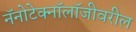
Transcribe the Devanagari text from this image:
नॅनोटेक्नॉलॉजीवरील